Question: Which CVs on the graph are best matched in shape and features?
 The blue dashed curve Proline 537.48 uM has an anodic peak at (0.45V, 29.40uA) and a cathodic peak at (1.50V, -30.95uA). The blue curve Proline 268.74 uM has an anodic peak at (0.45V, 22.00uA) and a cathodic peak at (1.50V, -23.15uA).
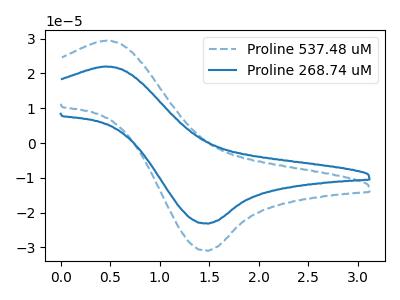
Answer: <think>All the peaks in "Proline 537.48 uM" have a peak in "Proline 268.74 uM" at the same potential. Every peak in "Proline 537.48 uM" is higher than every peak in "Proline 268.74 uM".
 </think>
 <answer>"Proline 268.74 uM" and "Proline 537.48 uM" have the same shape and are likely CV's of the same chemical.</answer>
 <eval>"Proline 268.74 uM" "Proline 537.48 uM"</eval>